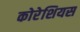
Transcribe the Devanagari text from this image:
कोरेशियस